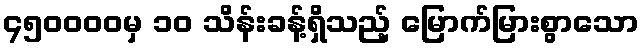
၄၅၀၀၀၀မှ ၁၀ သိန်းခန့်ရှိသည့် မြောက်မြားစွာသော